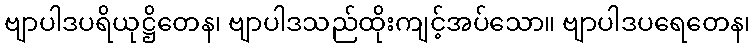
ဗျာပါဒပရိယုဋ္ဌိတေန၊ ဗျာပါဒသည်ထိုးကျင့်အပ်သော။ ဗျာပါဒပရေတေန၊